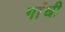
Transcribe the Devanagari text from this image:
गांंधी